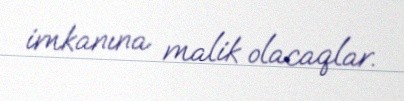
imkanına malik olacaqlar.